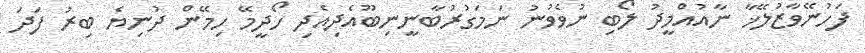
ފަހުނޭވާޒުލޭޚާ ނާއުއްމީދު ލޯބި ނުވެވުނު ނަމަގުރުބާނީނިބޫއެދިއެދި ހޯދީމޭ ހިމޭން ދުނިޔެ ބިރު ފަދަ